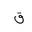
Letter: _qaf